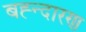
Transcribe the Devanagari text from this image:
बह्न्दारण